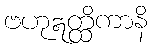
ဗဟုဣတ္ထိကာနိ